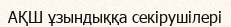
АҚШ ұзындыққа секірушілері